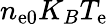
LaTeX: n_{\mathrm{e}0}K_{B}T_{\mathrm{e}}